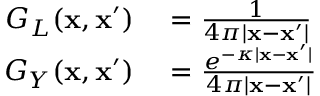
\begin{array} { r l } { G _ { L } ( \mathbf { x } , \mathbf { x } ^ { \prime } ) } & { { } = \frac { 1 } { 4 \pi | \mathbf { x } - \mathbf { x } ^ { \prime } | } } \\ { G _ { Y } ( \mathbf { x } , \mathbf { x } ^ { \prime } ) } & { { } = \frac { e ^ { - \kappa | \mathbf { x } - \mathbf { x } ^ { \prime } | } } { 4 \pi | \mathbf { x } - \mathbf { x } ^ { \prime } | } } \end{array}